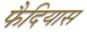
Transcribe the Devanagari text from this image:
फैदियास